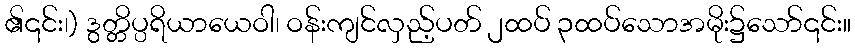
၏၎င်း၊) ဒွတ္တိပ္ပရိယာယေဝါ၊ ဝန်းကျင်လှည့်ပတ် ၂ထပ် ၃ထပ်သောအမိုး၌သော်၎င်း။